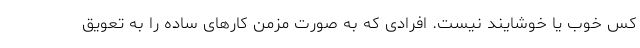
کس خوب یا خوشایند نیست. افرادی که به صورت مزمن کارهای ساده را به تعویق